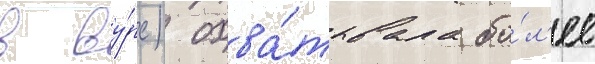
в ву́рс) охва́тывала бо́л'ее